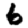
Digit: 6